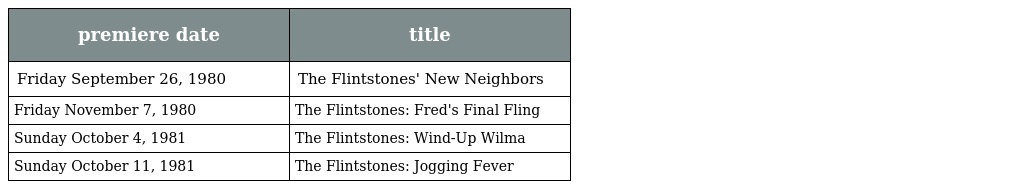
| premiere date | title |
 | --- | --- |
 | Friday September 26, 1980 | The Flintstones' New Neighbors |
 | Friday November 7, 1980 | The Flintstones: Fred's Final Fling |
 | Sunday October 4, 1981 | The Flintstones: Wind-Up Wilma |
 | Sunday October 11, 1981 | The Flintstones: Jogging Fever |